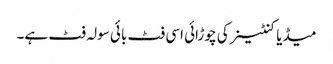
میڈیا کنٹینر کی چوڑائی اسی فٹ بائی سولہ فٹ ہے۔